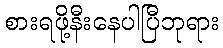
စားရဖို့နီးနေပါပြီဘုရား